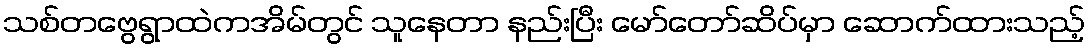
သစ်တဗွေရွာထဲကအိမ်တွင် သူနေတာ နည်းပြီး မော်တော်ဆိပ်မှာ ဆောက်ထားသည့်